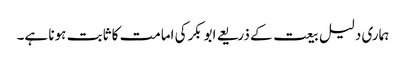
ہماری دلیل بیعت کے ذریعے ابوبکرکی امامت کا ثابت ہونا ہے۔